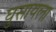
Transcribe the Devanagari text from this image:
घुसायला